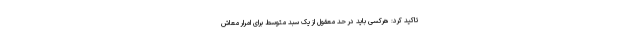
تاکید کرد: هرکسی باید در حد معقول از یک سبد متوسط برای امرار معاش